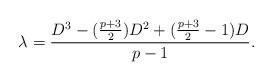
LaTeX: \begin{align*}\lambda = \frac{D^3 - (\frac{p+3}{2}) D^2 + (\frac{p+3}{2}-1)D}{p-1}.\end{align*}